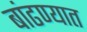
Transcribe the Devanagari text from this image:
बांढण्यात